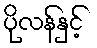
ပိုလန်နှင့်